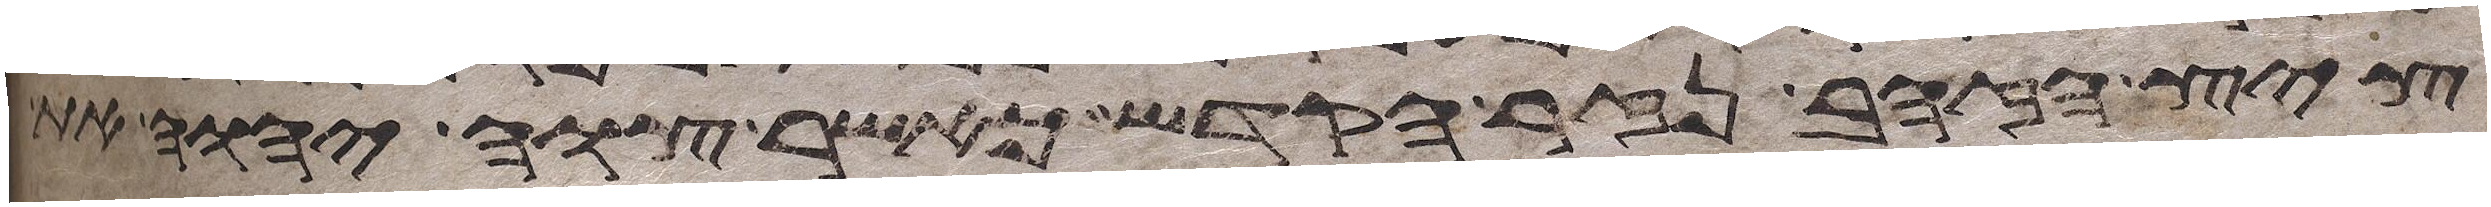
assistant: ציץ הזהב נזר הקדש כאשר צוה יהוה את